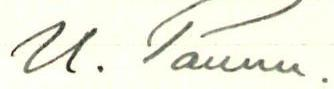
U. Paunu.